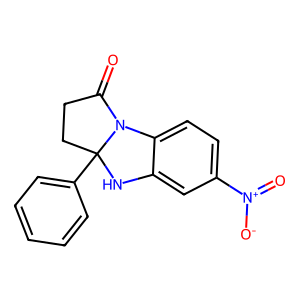
SMILES: O=C1CCC2(c3ccccc3)Nc3cc([N+](=O)[O-])ccc3N12
Inhibits HIV replication: No